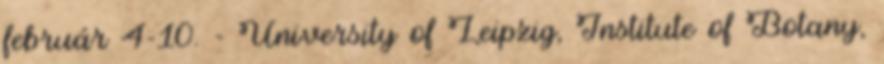
február 4-10. - University of Leipzig, Institute of Botany,